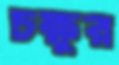
চক্ষুর